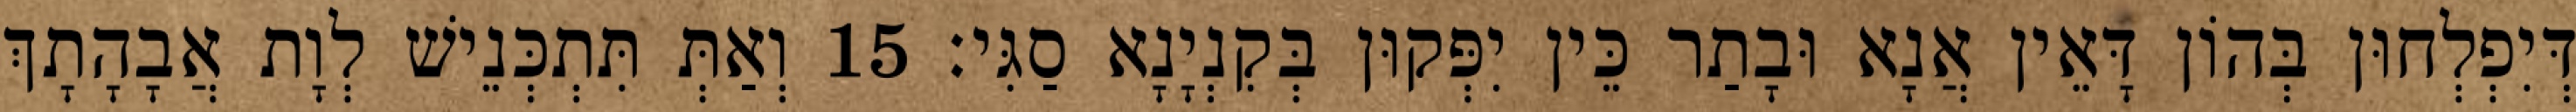
דְּיִפְלְחוּן בְּהוֹן דָּאֵין אֲנָא וּבָתַר כֵּין יִפְּקוּן בְּקִנְיָנָא סַגִּי׃ 15 וְאַתְּ תִּתְכְּנֵישׁ לְוָת אֲבָהָתָךְ